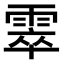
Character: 𩃣